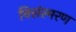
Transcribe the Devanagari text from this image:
निसंस्मरण